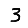
Digit: 3